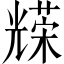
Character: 𠓅